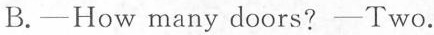
B.—How many doors?—Two.